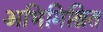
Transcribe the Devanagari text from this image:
अभिमिश्रित